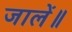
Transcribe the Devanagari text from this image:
जालें॥